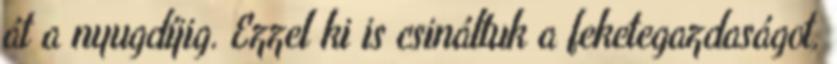
át a nyugdíjig. Ezzel ki is csináltuk a feketegazdaságot,